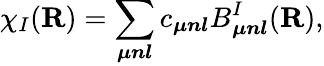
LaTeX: \chi_{I}({\mathbf R})=\sum_{\boldsymbol{\mu nl}}c_{\boldsymbol{\mu nl}}B_{\boldsymbol{\mu nl}}^{I}({\mathbf R}),